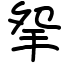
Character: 𢪸